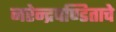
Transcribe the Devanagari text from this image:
नरेन्द्रपण्डिताचे